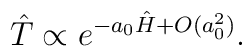
\hat{T}\propto e^{-a_0\hat{H} + O(a_0^2)}.